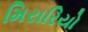
મિરારિયો